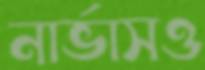
নার্ভাসও